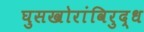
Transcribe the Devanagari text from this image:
घुसखोरांविरुद्ध